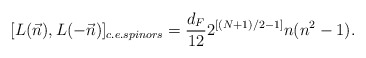
\begin{align*}[L(\vec{n}),L(-\vec{n})]_{c.e. spinors} =\frac{d_{F}}{12} 2^{[(N+1)/2 -1]} n (n^{2} - 1).\end{align*}